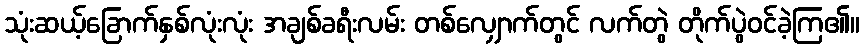
သုံးဆယ့်ခြောက်နှစ်လုံးလုံး အချစ်ခရီးလမ်း တစ်လျှောက်တွင် လက်တွဲ တိုက်ပွဲဝင်ခဲ့ကြ၏။